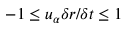
- 1 \leq u _ { \alpha } \delta r / \delta t \leq 1